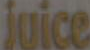
juice